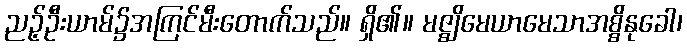
ညဉ့်ဦးယာမ်၌အကြင်မီးတောက်သည်။ ရှိ၏။ မဇ္ဈိမေယာမေသာအစ္စိနုခေါ၊